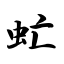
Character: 虻